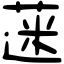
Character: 蒾